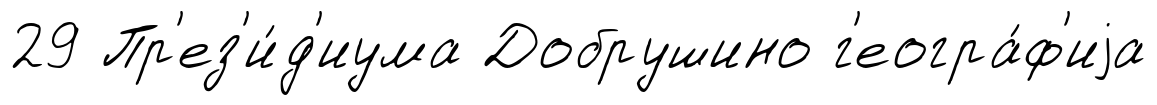
29 Пр'ез'и́д'иума Добрушино г'еогра́ф'иjа